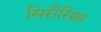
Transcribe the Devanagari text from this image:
सिरौसिस